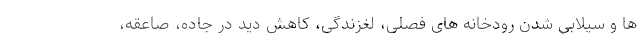
ها و سیلابی شدن رودخانه های فصلی، لغزندگی، کاهش دید در جاده، صاعقه،